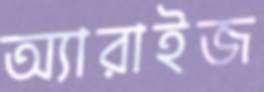
অ্যারাইজ